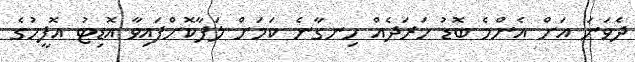
ދެވަނަ އަށް އެންމެ ބޮޑު ހަރަދެއް ހިނގާނެ ކަމަށް ލަފާކޮށްފައިވާ އޮޑިޓު އޮފީހުގެ